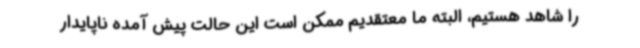
را شاهد هستیم، البته ما معتقدیم ممکن است این حالت پیش آمده ناپایدار